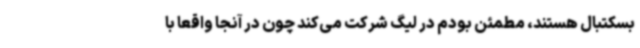
بسکتبال هستند، مطمئن بودم در لیگ شرکت می‌کند چون در آنجا واقعا با